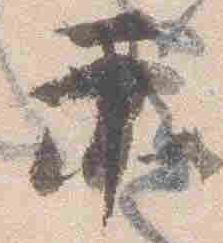
示